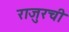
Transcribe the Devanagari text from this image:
राजुरची